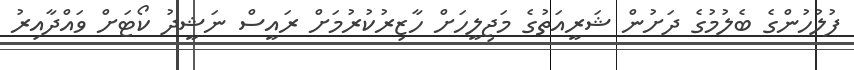
ފުލުހުންގެ ބެލުމުގެ ދަށުން ޝަރީއަތުގެ މަޖިލީހަށް ހާޒިރުކުރުމަށް ރައީސް ނަޝީދު ކޯޓަށް ވައްދާއިރު